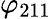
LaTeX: \varphi_{211}